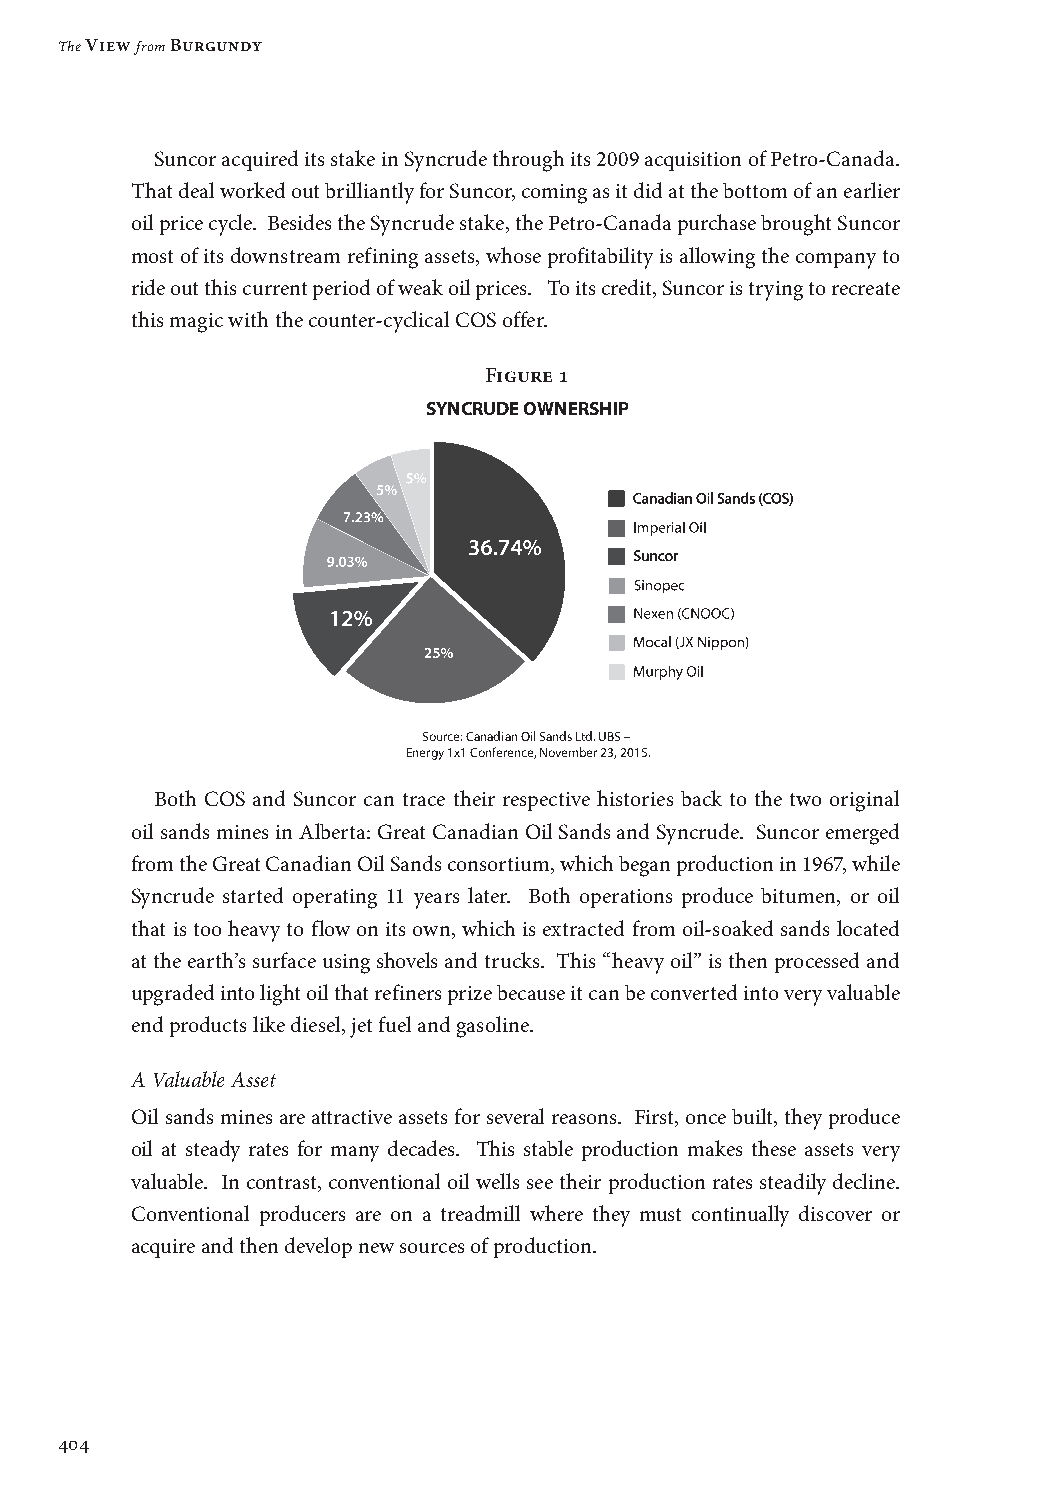
The View from Burgundy
 Suncor acquired its stake in Syncrude through its 2009 acquisition of Petro-Canada.
 That deal worked out brilliantly for Suncor, coming as it did at the bottom of an earlier
 oil price cycle. Besides the Syncrude stake, the Petro-Canada purchase brought Suncor
 most of its downstream refining assets, whose profitability is allowing the company to
 ride out this current period of weak oil prices. To its credit, Suncor is trying to recreate
 this magic with the counter-cyclical COS offer.
 Figure 1
 SYNCRUDE OWNERSHIP
 Source: Canadian Oil Sands Ltd. UBS –
 Energy 1x1 Conference, November 23, 2015.
 Both COS and Suncor can trace their respective histories back to the two original
 oil sands mines in Alberta: Great Canadian Oil Sands and Syncrude. Suncor emerged
 from the Great Canadian Oil Sands consortium, which began production in 1967, while
 Syncrude started operating 11 years later. Both operations produce bitumen, or oil
 that is too heavy to flow on its own, which is extracted from oil-soaked sands located
 at the earth’s surface using shovels and trucks. This “heavy oil” is then processed and
 upgraded into light oil that refiners prize because it can be converted into very valuable
 end products like diesel, jet fuel and gasoline.
 A Valuable Asset
 Oil sands mines are attractive assets for several reasons. First, once built, they produce
 oil at steady rates for many decades. This stable production makes these assets very
 valuable. In contrast, conventional oil wells see their production rates steadily decline.
 Conventional producers are on a treadmill where they must continually discover or
 acquire and then develop new sources of production.
 404